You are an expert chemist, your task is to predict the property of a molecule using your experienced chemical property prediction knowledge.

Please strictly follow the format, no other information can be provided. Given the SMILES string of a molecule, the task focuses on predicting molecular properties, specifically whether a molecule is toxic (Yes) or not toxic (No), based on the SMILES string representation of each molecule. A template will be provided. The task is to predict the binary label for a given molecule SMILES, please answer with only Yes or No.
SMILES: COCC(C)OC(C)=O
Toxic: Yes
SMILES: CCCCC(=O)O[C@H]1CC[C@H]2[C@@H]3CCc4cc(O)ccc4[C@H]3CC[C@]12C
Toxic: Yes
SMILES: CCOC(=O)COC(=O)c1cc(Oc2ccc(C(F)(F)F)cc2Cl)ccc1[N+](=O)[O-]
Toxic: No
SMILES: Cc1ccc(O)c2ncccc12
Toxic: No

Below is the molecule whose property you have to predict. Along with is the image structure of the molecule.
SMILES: CCc1cc(OC)c(C[C@@H](C)N)cc1OC
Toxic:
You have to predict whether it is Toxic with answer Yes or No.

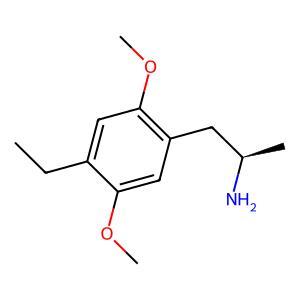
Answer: No